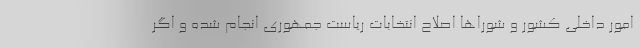
امور داخلی کشور و شوراها اصلاح انتخابات ریاست جمهوری انجام شده و اگر